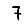
Digit: 7